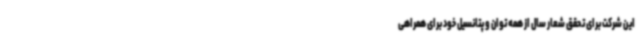
این شرکت برای تحقق شعار سال از همه توان و پتانسیل خود برای همراهی